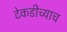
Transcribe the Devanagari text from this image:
टेकडीच्याच